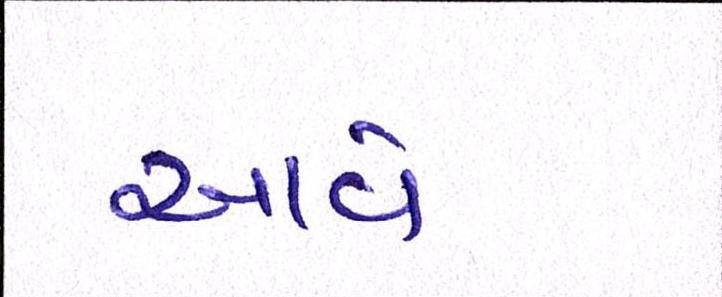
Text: આવેઃ